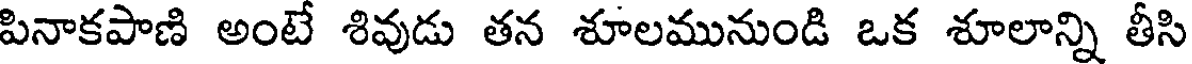
పినాకపాణి అంటే శివుడు తన శూలమునుండి ఒక శూలాన్ని తీసి